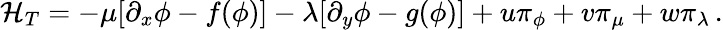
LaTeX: {\cal H}_{T}=-\mu[\partial_{x}\phi-f(\phi)]-\lambda[\partial_{y}\phi-g(\phi)]+u\pi_{\phi}+v\pi_{\mu}+w\pi_{\lambda}\, .